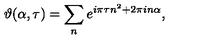
\vartheta ( \alpha , \tau ) = \sum _ { n } e ^ { i \pi \tau n ^ { 2 } + 2 \pi i n \alpha } ,